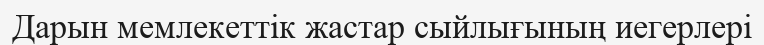
Дарын мемлекеттік жастар сыйлығының иегерлері